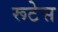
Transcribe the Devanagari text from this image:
रूटेस